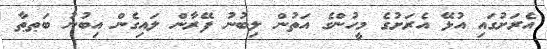
އެރަށުގައި އުޅޭ އެރަށުގެ މީހުންގެ އަތުން ލިބުނު ފޭރާން ލައިގެން އިބުނު ބަޠޠާ